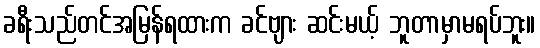
ခရီးသည်တင်အမြန်ရထားက ခင်ဗျား ဆင်းမယ့် ဘူတာမှာမရပ်ဘူး။